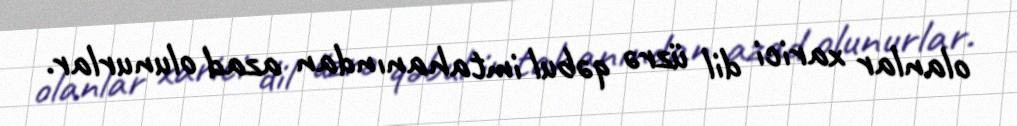
olanlar xarici dil üzrə qəbul imtahanından azad olunurlar.